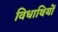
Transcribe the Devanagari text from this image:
विधाथियों